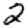
Digit: 2